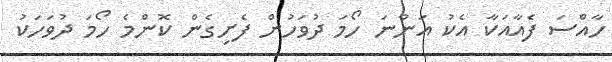
ހާއްސަ ފެއާއަކާ އެކު އަންނަ ހޯމަ ދުވަހުން ފެށިގެން ކޮންމެ ހޯމަ ދުވަހަކު